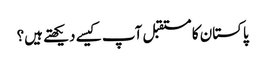
پاکستان کا مستقبل آپ کیسے دیکھتے ہیں؟